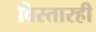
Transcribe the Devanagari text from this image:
विस्तारही